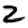
Digit: 2